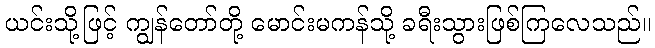
ယင်းသို့ဖြင့် ကျွန်တော်တို့ မောင်းမကန်သို့ ခရီးသွားဖြစ်ကြလေသည်။